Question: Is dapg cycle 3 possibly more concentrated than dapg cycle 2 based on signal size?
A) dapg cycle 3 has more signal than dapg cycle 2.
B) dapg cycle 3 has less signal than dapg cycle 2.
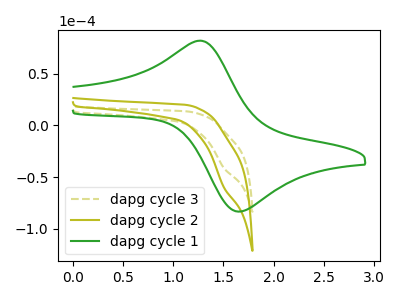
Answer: <think>The olive dashed curve "dapg cycle 3" has a cathodic peak at: (1.50V, -41.40uA). The olive curve "dapg cycle 2" has a cathodic peak at: (1.50V, -60.20uA). The green curve "dapg cycle 1" has an anodic peak at (1.25V, 82.05uA) and a cathodic peak at (1.70V, -83.35uA).
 All the peaks in "dapg cycle 3" have a peak in "dapg cycle 2" at the same potential. Every peak in "dapg cycle 3" is lower than every peak in "dapg cycle 2".</think>
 <answer>B) "dapg cycle 3" has less signal than "dapg cycle 2".</answer>
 <eval>B</eval>